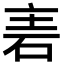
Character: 𮀒